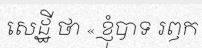
សេដ្ឋី ថា « ខ្ញុំបាទ រឭក